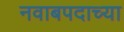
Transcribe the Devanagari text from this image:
नवाबपदाच्या